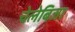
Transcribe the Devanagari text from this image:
चेलेबिजा